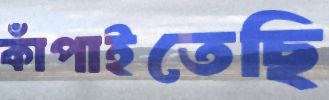
কাঁপাইতেছি